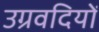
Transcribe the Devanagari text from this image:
उग्रवदियों